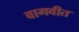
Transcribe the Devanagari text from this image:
वागवीत